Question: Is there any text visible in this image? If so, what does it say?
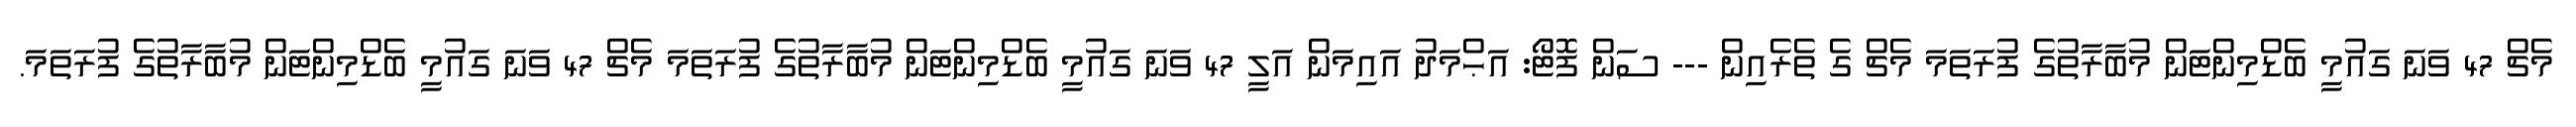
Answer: މެޗް 47 ވަނަ ގައުމީ ބެޑްމިންޓަން މުބާރާތުގެ ފުރަތަމަ މެޗް ގެ ތެރެއިން --- ސަން ފޮޓޯ: އަޙްމަދު އައިމަން އަލީ 47 ވަނަ ގައުމީ ބެޑްމިންޓަން މުބާރާތުގެ ފުރަތަމަ މެޗް 47 ވަނަ ގައުމީ ބެޑްމިންޓަން މުބާރާތުގެ ފުރަތަމަ.